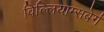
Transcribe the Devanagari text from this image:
विल्लियाम्सबेर्ग